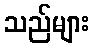
သည်များ